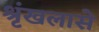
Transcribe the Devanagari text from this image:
श्रृंखलासे